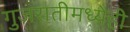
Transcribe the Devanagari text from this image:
गुजरातीमध्येही